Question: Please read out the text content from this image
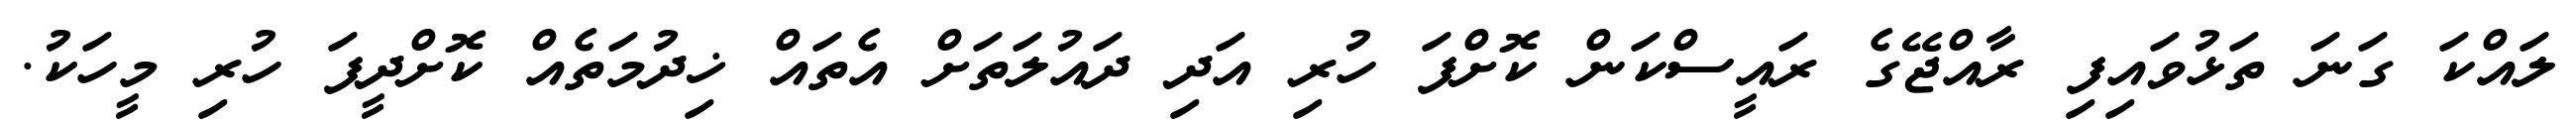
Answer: ލައްކަ ގަނަ ތަޅުވައިފި ރާއްޖޭގެ ރައީސްކަން ކޮށްފަ ހުރި އަދި ދައުލަތަށް އެތައް ޚިދުމަތެއް ކޮށްދީފަ ހުރި މީހަކު.